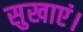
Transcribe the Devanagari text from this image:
सुखाएं।